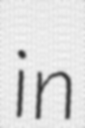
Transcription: in